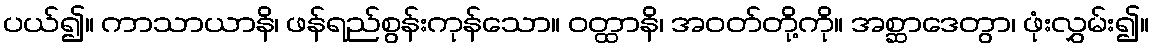
ပယ်၍။ ကာသာယာနိ၊ ဖန်ရည်စွန်းကုန်သော။ ဝတ္ထာနိ၊ အဝတ်တို့ကို။ အစ္ဆာဒေတွာ၊ ဖုံးလွှမ်း၍။